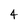
Character: 4